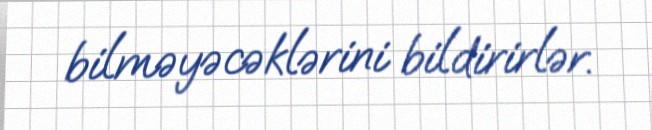
bilməyəcəklərini bildirirlər.